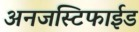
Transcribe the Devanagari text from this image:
अनजस्टिफाईड